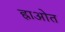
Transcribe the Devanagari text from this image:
ह्राओत